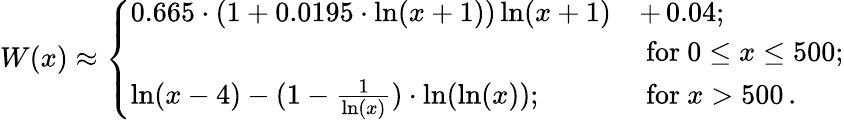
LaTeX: W(x)\approx\left\{ \begin{array}{ll}{{0.665\cdot\left(1+0.0195\cdot\ln(x+1)\right)\ln(x+1)}}&{{+\, 0.04;}}\\ {{}}&{{\mathrm{\ for\ }0\leq x\leq 500;}}\\ {{\ln(x-4)-(1-\frac{1}{\ln(x)})\cdot\ln(\ln(x));}}&{{\mathrm{\ for\ }x>500\, .}}\end{array}\right.